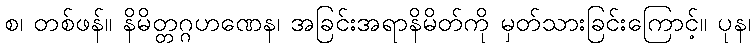
စ၊ တစ်ဖန်။ နိမိတ္တဂ္ဂဟဏေန၊ အခြင်းအရာနိမိတ်ကို မှတ်သားခြင်းကြောင့်။ ပုန၊